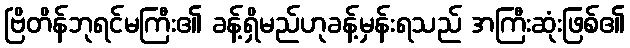
ဗြိတိန်ဘုရင်မကြီး၏ ခန့်ရှိမည်ဟုခန့်မှန်းရသည် အကြီးဆုံးဖြစ်၏